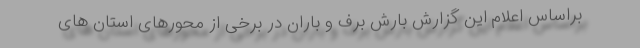
براساس اعلام این گزارش بارش برف و باران در برخی از محورهای استان های